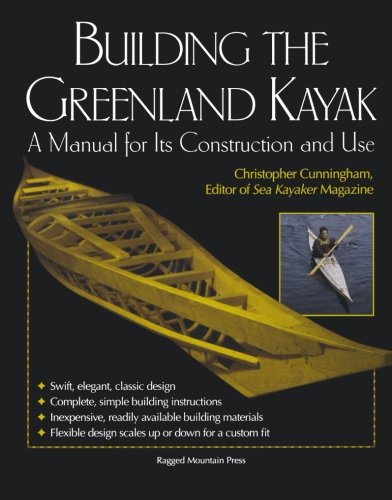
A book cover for Building the Greenland Kayak : A Manual for Its Contruction and Use; Christopher Cunningham; Sports & Outdoors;